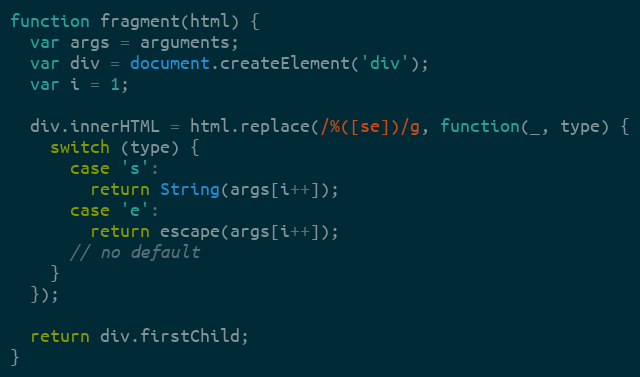
Language: JavaScript
function fragment(html) {
  var args = arguments;
  var div = document.createElement('div');
  var i = 1;

  div.innerHTML = html.replace(/%([se])/g, function(_, type) {
    switch (type) {
      case 's':
        return String(args[i++]);
      case 'e':
        return escape(args[i++]);
      // no default
    }
  });

  return div.firstChild;
}